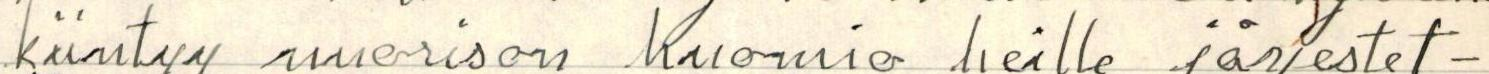
kiintyy nuorison huomio heille järjestet-